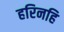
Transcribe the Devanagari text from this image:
हरिनहि